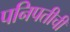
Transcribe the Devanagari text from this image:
पनिपतीची